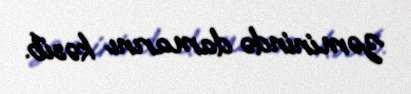
zəminində damarını kəsib.